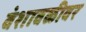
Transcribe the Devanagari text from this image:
वंशावळीवर